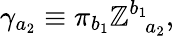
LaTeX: \gamma_{a_{2}}\equiv\pi_{b_{1}}\mathbb{Z}_{\; \; a_{2}}^{b_{1}},